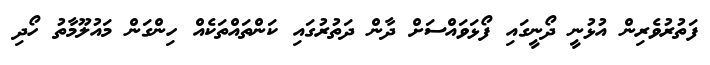
ފަތުރުވެރިން އުޅުނީ ދޯނީގައި ފޯޅަވައްސަށް ދާން ދަތުރުގައި ކަންތައްތަކެއް ހިންގަން މައުލޫމާތު ހޯދި